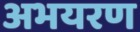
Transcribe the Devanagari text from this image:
अभयरण